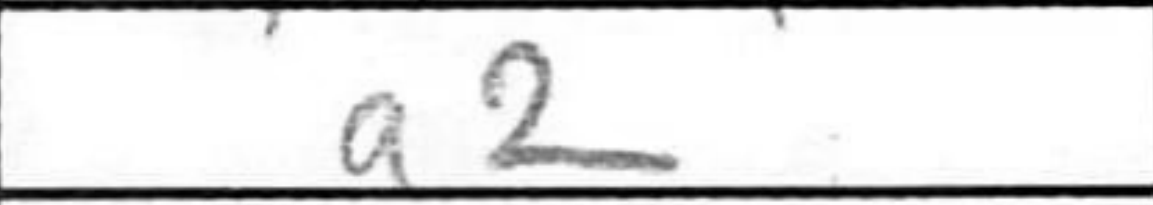
Transcription: a2